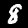
Digit: 8